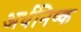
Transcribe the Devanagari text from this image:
अर्धनिष्क